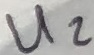
Text: U2